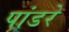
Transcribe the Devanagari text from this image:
पांडरे